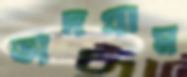
ভাদগ্রাম